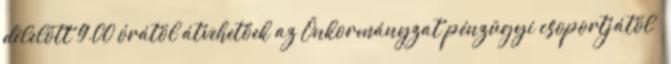
délelőtt 9.00 órától átvehetőek az Önkormányzat pénzügyi csoportjától –